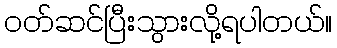
ဝတ်ဆင်ပြီးသွားလို့ရပါတယ်။